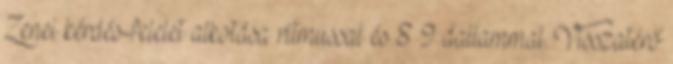
Zenei kérdés-felelet alkotása ritmussal és 8 9 dallammal. Visszatérő